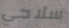
سلاحي